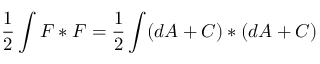
{ \frac { 1 } { 2 } } \int F * F = { \frac { 1 } { 2 } } \int ( d A + C ) * ( d A + C )